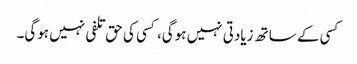
کسی کے ساتھ زیادتی نہیں ہوگی، کسی کی حق تلفی نہیں ہوگی۔